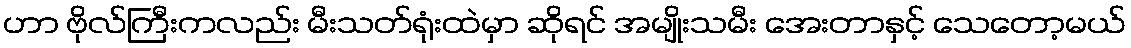
ဟာ ဗိုလ်ကြီးကလည်း မီးသတ်ရုံးထဲမှာ ဆိုရင် အမျိုးသမီး အေးတာနှင့် သေတော့မယ်